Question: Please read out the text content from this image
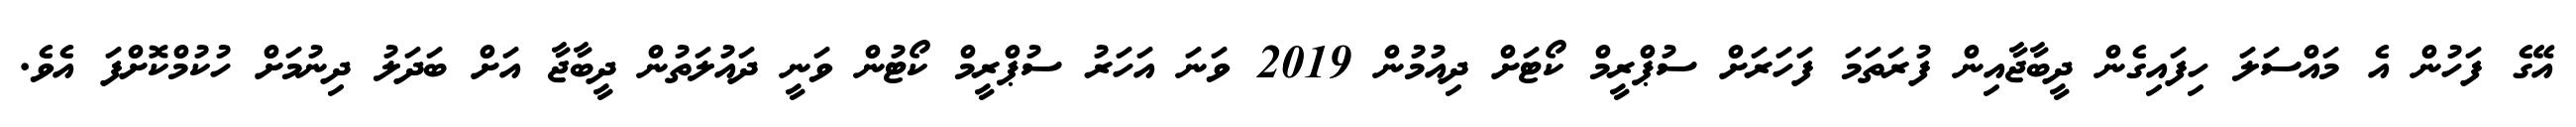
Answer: އޭގެ ފަހުން އެ މައްސަލަ ހިފައިގެން ދީބާޖާއިން ފުރަތަމަ ފަހަރަށް ސުޕްރީމް ކޯޓަށް ދިއުމުން 2019 ވަނަ އަހަރު ސުޕްރީމް ކޯޓުން ވަނީ ދައުލަތުން ދީބާޖާ އަށް ބަދަލު ދިނުމަށް ހުކުމްކޮށްފަ އެވެ.